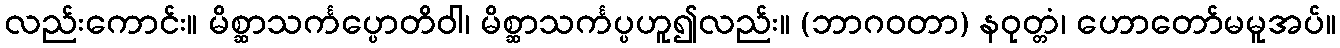
လည်းကောင်း။ မိစ္ဆာသင်္ကပ္ပောတိဝါ၊ မိစ္ဆာသင်္ကပ္ပဟူ၍လည်း။ (ဘာဂဝတာ) နဝုတ္တံ၊ ဟောတော်မမူအပ်။